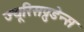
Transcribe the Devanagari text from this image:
ज्यूरिसप्रुडेन्स